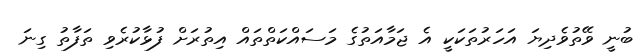
ބުނީ ވޭތުވެދިޔަ އަހަރުތަކަކީ އެ ޖަމާއަތުގެ މަސައްކަތްތައް އިތުރަށް ފުޅާކުރެވި ތަފާތު ގިނަ